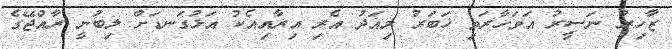
ޒާހިރު ނަސީރު އަވަހާރަވި ޚަބަރު މިއަދު އެރި އިރާއިއެކު އަޅުގަނޑަށް ލިބުނީ ރާއްޖޭގެ